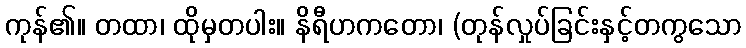
ကုန်၏။ တထာ၊ ထိုမှတပါး။ နိရီဟကတော၊ (တုန်လှုပ်ခြင်းနှင့်တကွသော